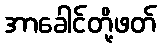
အာခေါင်တို့ဖတ်